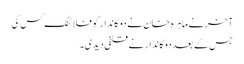
آخر نے ماہرہ خان نے دوکاندار کو فلائنگ کس کی
جس کے بعد دوکاندار نے قلفی دیدی۔